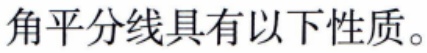
角平分线具有以下性质。